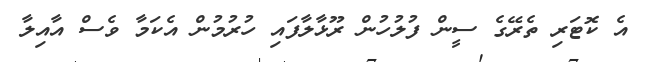
އެ ކޮޓަރި ތެރޭގެ ސީން ފުލުހުން ރޫޅާލާފައި ހުރުމުން އެކަމާ ވެސް އާއިލާ